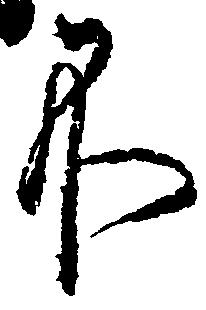
不